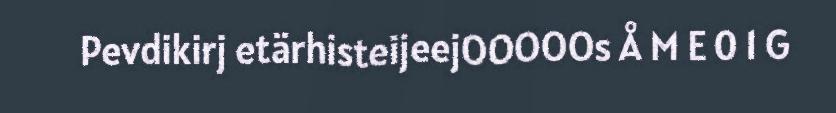
Pevdikirj etärhisteijeejOOOOOs Å M E 0 1 G